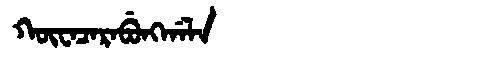
Manchu: ᡴᡡᠸᠠᠴᠠᡵᠠᠪᡠᠩᡤᠠᠯᠠ
Romanization: KŪWACARABUNGGALA